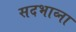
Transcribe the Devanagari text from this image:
सदभाव्ना